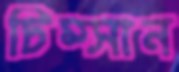
চিম্‌সান